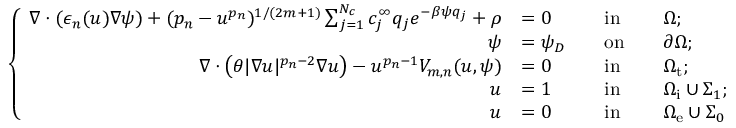
\left\{ \begin{array} { r l r l r l } { \nabla \cdot ( \epsilon _ { n } ( u ) \nabla \psi ) + ( p _ { n } - u ^ { p _ { n } } ) ^ { 1 / ( 2 m + 1 ) } \sum _ { j = 1 } ^ { N _ { c } } c _ { j } ^ { \infty } q _ { j } e ^ { - \beta \psi q _ { j } } + \rho } & { = 0 } & & { \mathrm { i n } } & & { \Omega ; } \\ { \psi } & { = \psi _ { D } } & & { \mathrm { o n } } & & { \partial \Omega ; } \\ { \nabla \cdot \left( \theta | \nabla u | ^ { p _ { n } - 2 } \nabla u \right) - u ^ { p _ { n } - 1 } V _ { m , n } ( u , \psi ) } & { = 0 } & & { \mathrm { i n } } & & { \Omega _ { \mathrm { t } } ; } \\ { u } & { = 1 } & & { \mathrm { i n } } & & { \Omega _ { \mathrm { i } } \cup \Sigma _ { 1 } ; } \\ { u } & { = 0 } & & { \mathrm { i n } } & & { \Omega _ { \mathrm { e } } \cup \Sigma _ { 0 } } \end{array} \right.